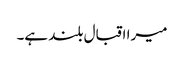
میرا اقبال بلند ہے۔